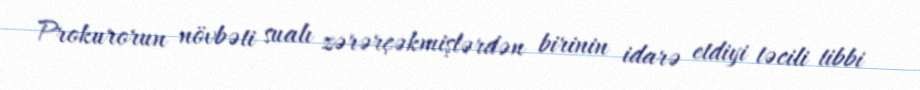
Prokurorun növbəti sualı zərərçəkmişlərdən birinin idarə etdiyi təcili tibbi